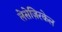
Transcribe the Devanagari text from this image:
लेसेज़िरकेल